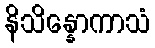
နိသိန္နောကာသံ